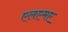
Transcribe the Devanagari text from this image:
एलएमए